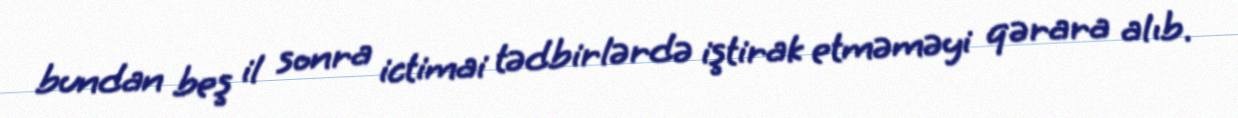
bundan beş il sonra ictimai tədbirlərdə iştirak etməməyi qərara alıb.